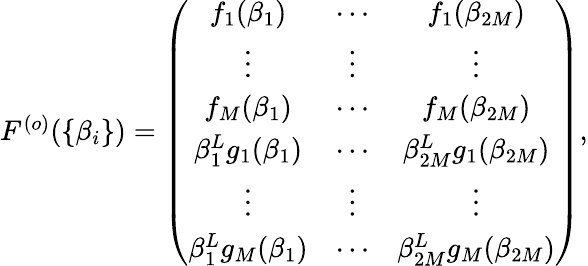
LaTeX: \begin{array}{r}{F^{(o)}(\{ \beta_{i}\} )=\left(\begin{array}{cccccc}{f_{1}(\beta_{1})}&{\cdots}&{f_{1}(\beta_{2M})}\\ {\vdots}&{\vdots}&{\vdots}\\ {f_{M}(\beta_{1})}&{\cdots}&{f_{M}(\beta_{2M})}\\ {\beta_{1}^{L}g_{1}(\beta_{1})}&{\cdots}&{\beta_{2M}^{L}g_{1}(\beta_{2M})}\\ {\vdots}&{\vdots}&{\vdots}\\ {\beta_{1}^{L}g_{M}(\beta_{1})}&{\cdots}&{\beta_{2M}^{L}g_{M}(\beta_{2M})}\end{array}\right),}\end{array}